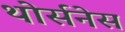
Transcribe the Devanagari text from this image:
थोर्सनेस